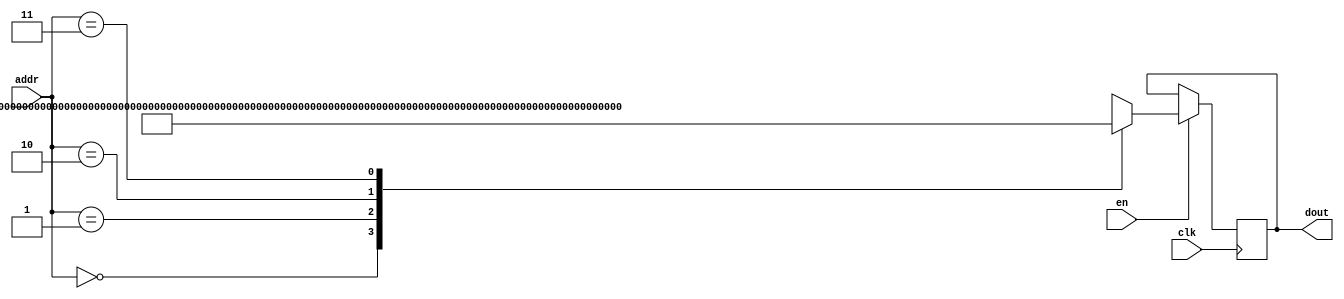
`timescale 1ns / 1ps
/*
Copyright
All right reserved.
Module Name: rom_syn
Author  : Zichuan Liu, Yixing Li and Wenye Liu.
Description:
A synthesized ROM: ROM_DEP x ROM_WID
*/
module AD_W_ROM_16(
// inputs
clk,
en,
addr,
// outputs
dout
);
localparam ROM_WID = 153;
localparam ROM_DEP = 4;
localparam ROM_ADDR = 2;
// input definition
input clk;
input en;
input [ROM_ADDR-1:0] addr;
// output definition
output [ROM_WID-1:0] dout;
reg [ROM_WID-1:0] data;
always @(posedge clk)
begin
if (en) begin
case(addr)
		2'd0: data <= 153'b111111010010101101111111010010110100000000000000011111111111110010100000000010010000100000000000001101000000000000100010000001001101111100000001001110100;
		2'd1: data <= 153'b111111111001110111111111110001101011111111101001111111111111001010111111111101111011111111111100011101111111111000101111111111101101100111111111011111000;
		2'd2: data <= 153'b111111110010000011111111110001011000000011101000000111111100101101000000000001010000011111101011110100000000100011000010000000000100101011111111001111101;
		2'd3: data <= 153'b000000010010110101111110101010111011111110100111101111111101000011100000001010101111000000011101100011000000000001100110000000001000000111111101100111101;
		endcase
		end
	end
	assign dout = data;
endmodule